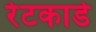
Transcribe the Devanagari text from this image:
रेटकार्डे